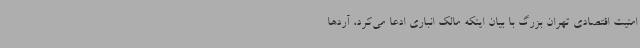
امنیت اقتصادی تهران بزرگ با بیان اینکه مالک انباری ادعا می‌کرد، آردها